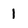
Character: 1